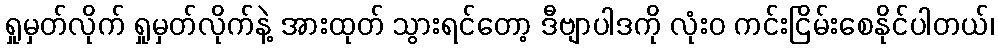
ရှုမှတ်လိုက် ရှုမှတ်လိုက်နဲ့ အားထုတ် သွားရင်တော့ ဒီဗျာပါဒကို လုံးဝ ကင်းငြိမ်းစေနိုင်ပါတယ်၊